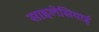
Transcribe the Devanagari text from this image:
साइलेसियाई